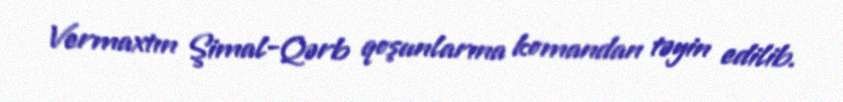
Vermaxtın Şimal-Qərb qoşunlarına komandan təyin edilib.